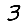
Digit: 3